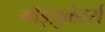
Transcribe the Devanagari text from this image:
मोड्य़ुळॆटर्स